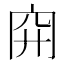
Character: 𥤬